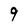
Character: 9